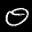
Label: 0